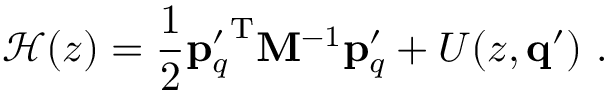
\mathcal { H } ( z ) = \frac { 1 } { 2 } { \mathbf { p } _ { q } ^ { \prime } } ^ { \mathrm { T } } \mathbf { M } ^ { - 1 } \mathbf { p } _ { q } ^ { \prime } + U ( z , \mathbf { q } ^ { \prime } ) \ .